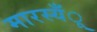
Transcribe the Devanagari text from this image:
मारस्यँू